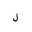
Letter: _lam